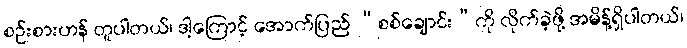
စဉ်းစားဟန် တူပါတယ်၊ ဒါ့ကြောင့် အောက်ပြည် “စစ်ချောင်း”ကို လိုက်ခဲ့ဖို့ အမိန့်ရှိပါတယ်၊